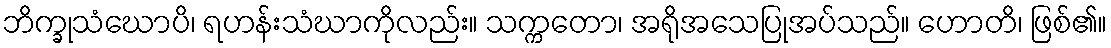
ဘိက္ခုသံဃောပိ၊ ရဟန်းသံဃာကိုလည်း။ သက္ကတော၊ အရိုအသေပြုအပ်သည်။ ဟောတိ၊ ဖြစ်၏။